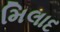
મિલાદ